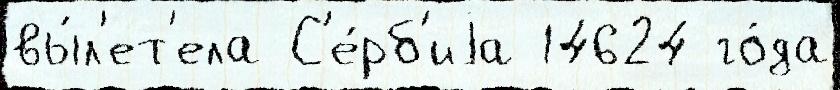
вы́л'ет'ела С'е́рб'иjа 14624 го́да